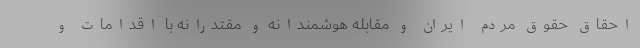
احقاق حقوق مردم ایران و مقابله هوشمندانه و مقتدرانه با اقدامات و